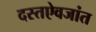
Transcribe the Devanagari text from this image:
दस्तऐवजांत